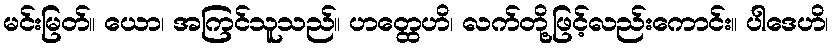
မင်းမြတ်။ ယော၊ အကြင်သူသည်။ ဟတ္ထေဟိ၊ လက်တို့ဖြင့်လည်းကောင်း။ ပါဒေဟိ၊